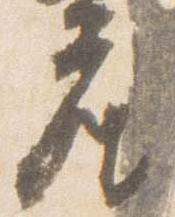
座